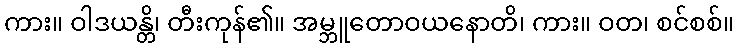
ကား။ ဝါဒယန္တိ၊ တီးကုန်၏။ အမ္ဘူတောဝယနောတိ၊ ကား။ ဝတ၊ စင်စစ်။